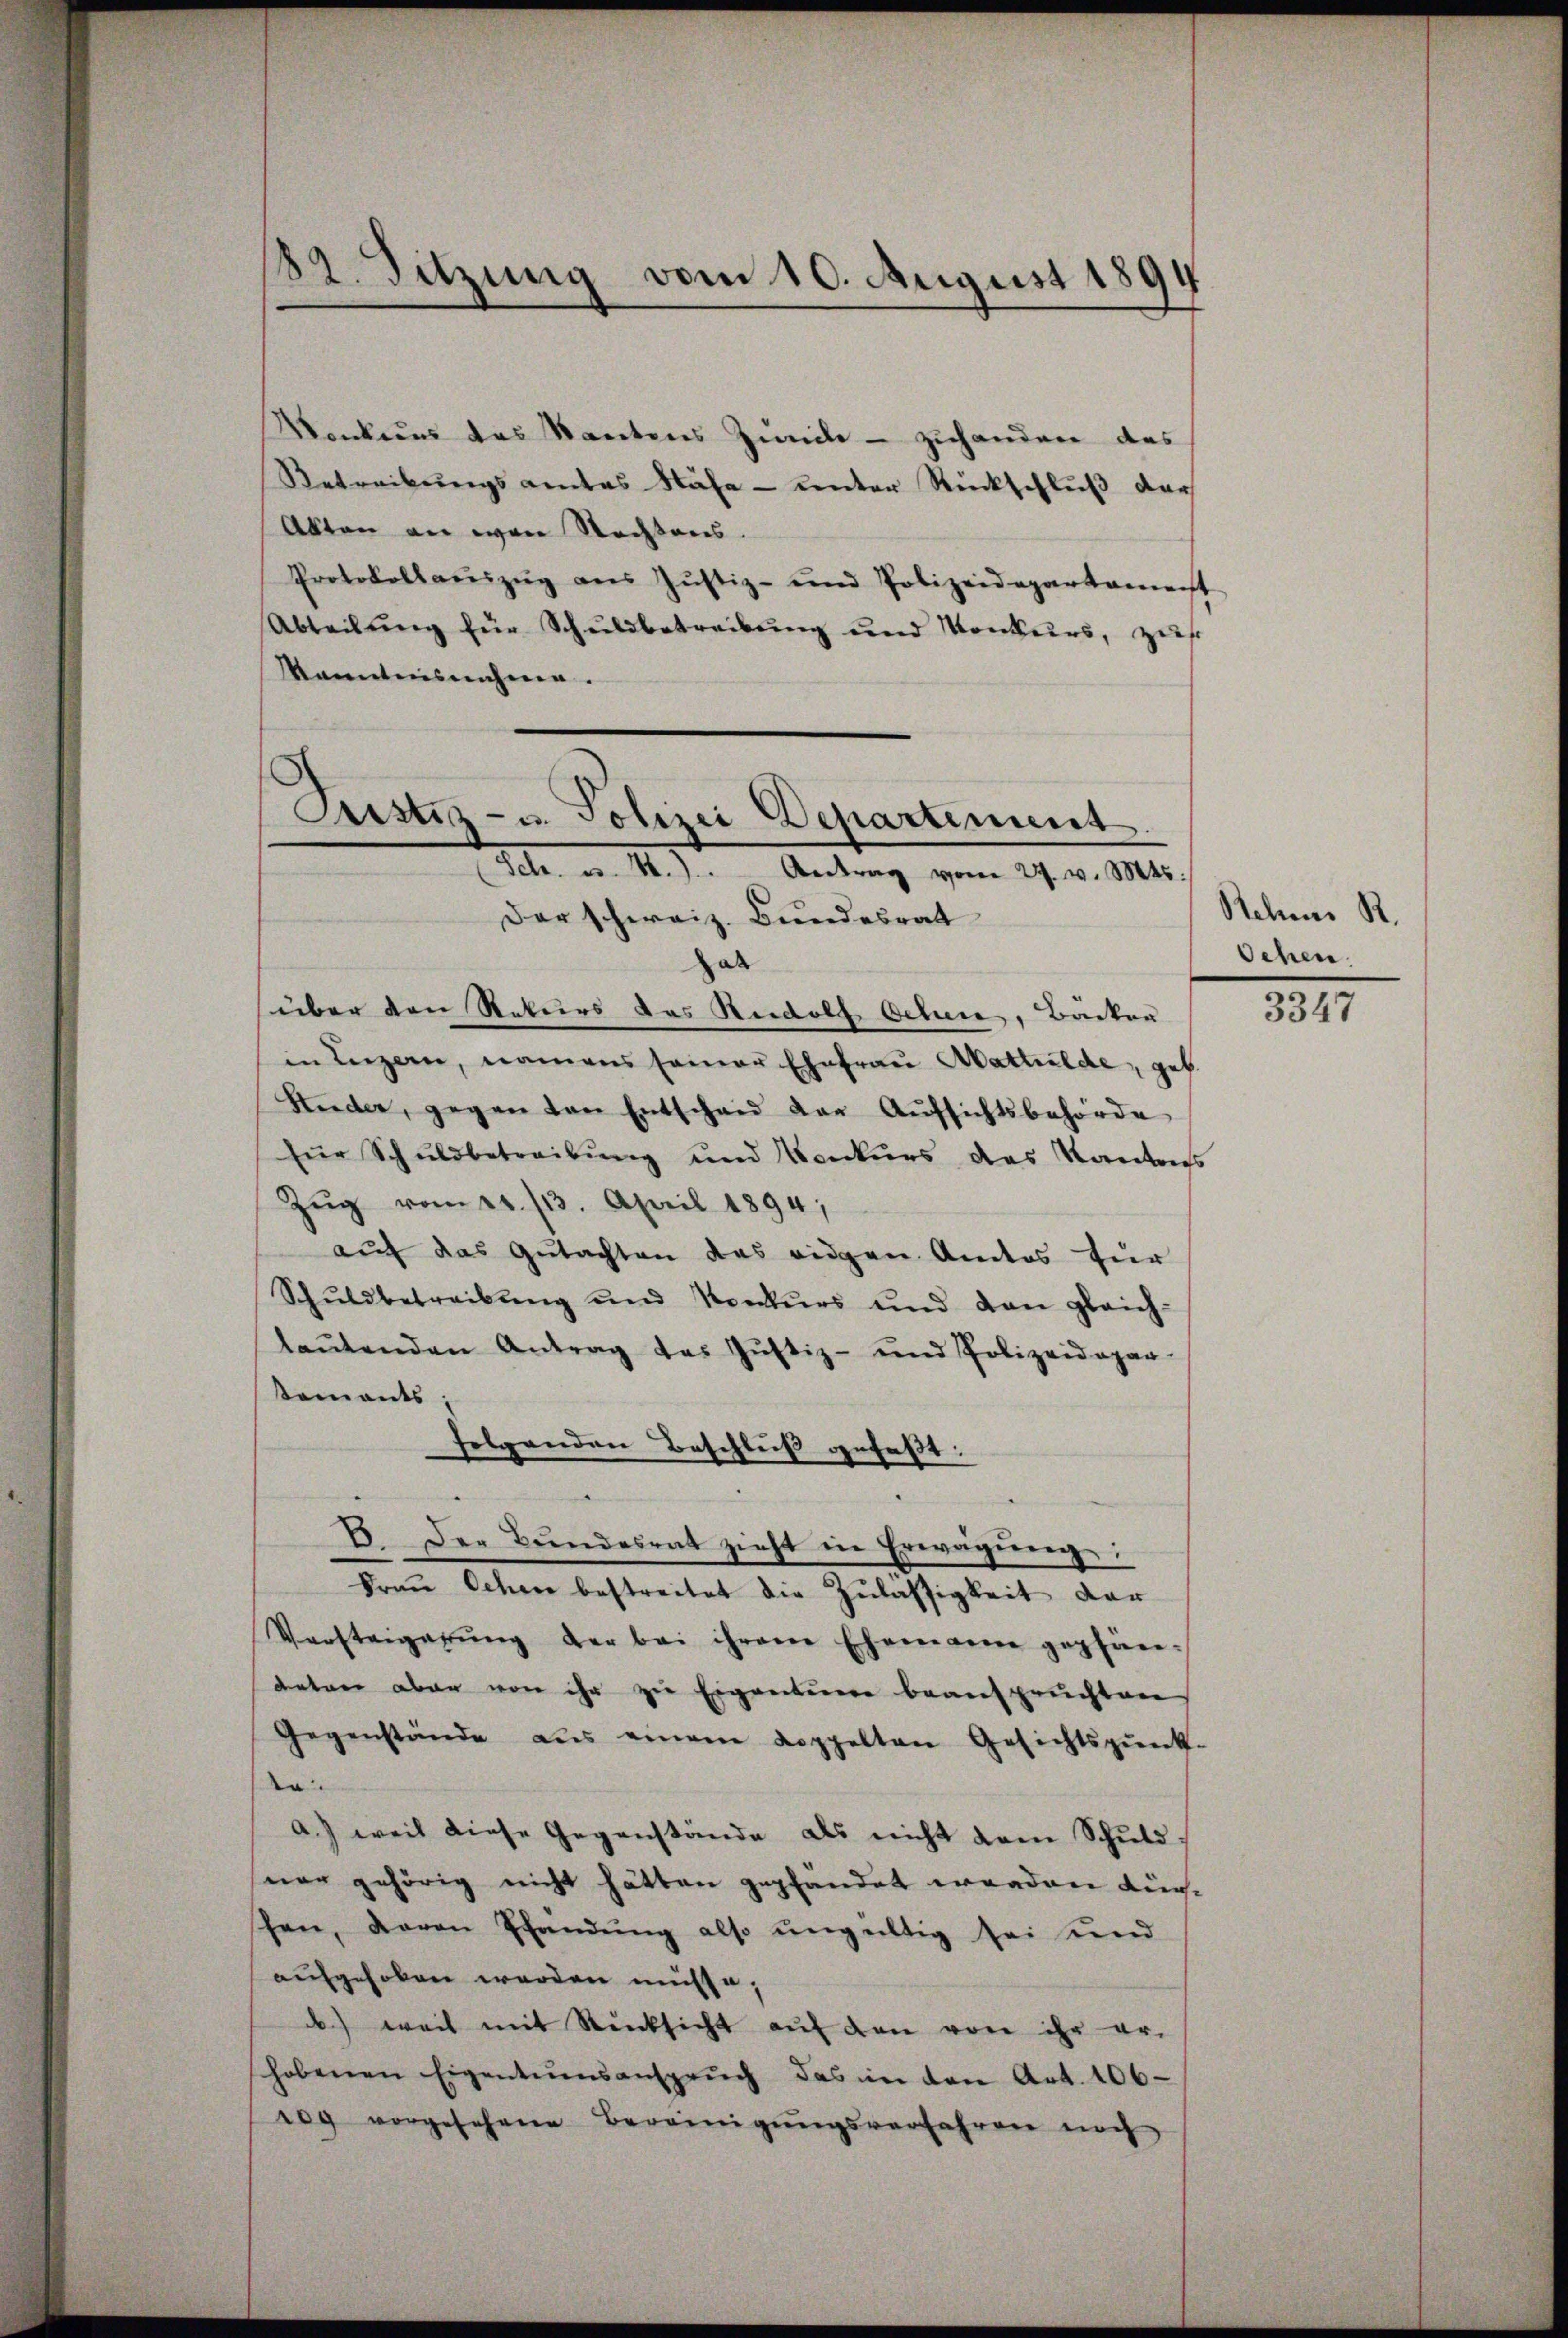
182. Sitzung vom 10. August 1894

Denkung des Kantons Zivile - zuhanden das
Retreibungsamtes Nähe - unter Rückschlŭβ der
Akten an von Rechtens.
Protokollaŭszŭg ans Justiz- und Polizeidepartament
Abteilŭng für Schŭldbetreibŭng und Konkurs, zŭf
kanntnisnahme.

Justiz- u. Polizei Departiment.
Sch. u. 4.) Antrag vom 27. v. Mts.
Der schweiz. Bundesrat

ab
über den Rekurs das Rudolf Schen, Bäcker
in Luzern, namens seiner Ehefraŭ Apathilde, geb.
Nieder, gegen von Entschaid der Aŭfsichtsbehörde
für Schuldbetreibung und Konkurs das Kantons
Zŭg vom 21. 713. April 1894,
aŭf das Gutachten des eidgen Amtos für
Schŭldbetreibŭng und Konkŭrs und dan gleich-
laŭtenden Antrag das Jŭstiz- und Polizeidepar-
sements
folgenden Beschluß gefaßt:
B. Der Bundesrat zieht in Erwägŭng:
Fraŭ Schen bestreitet die Zŭlassigkeit der
Versteigerŭng der bei ihrem Ehemanne gepfan-
getan aber von ihr zu Eigentuere beansprüchten
Gegenstände aus einem Koppelten Gesichtspunk-
e
a.) weil diese Gegenstände als nicht dem Schuld
ner gehörig nicht hätten gepfandet werden kürhen, davon Pfändŭng also ŭngültig sei und
aufgehoben werden müsse;
.) weil mit Rücksicht aŭf den von ihr er-
schobenen Eigentumsansprŭch das in den Art. 106
10g vorgesehene Bereinigŭngsverfahren noch

Rehen R.
Ochen.

3347